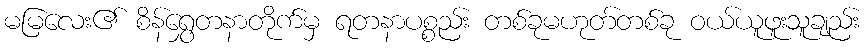
မမြလေး၏ စိန်ရွှေတနာတိုက်မှ ရတနာပစ္စည်း တစ်ခုမဟုတ်တစ်ခု ဝယ်ယူဖူးသူချည်း